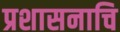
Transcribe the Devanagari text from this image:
प्रशासनाचि